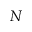
N